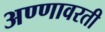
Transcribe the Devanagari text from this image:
अण्णावरती